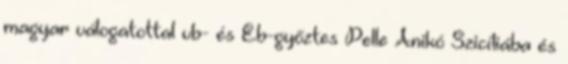
magyar válogatottal vb- és Eb-győztes Pelle Anikó Szicíliába és